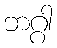
ဘဂ္ဂါ